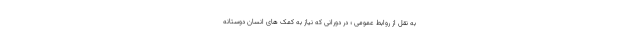
به نقل از روابط عمومی ؛ در دورانی که نیاز به کمک های انسان دوستانه